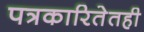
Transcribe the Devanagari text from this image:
पत्रकारितेतही